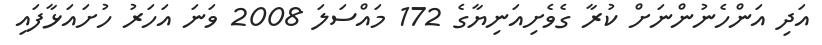
އަދި އަންހެނުންނަށް ކުރާ ގެވެށިއަނިޔާގެ 172 މައްސަލަ 2008 ވަނަ އަހަރު ހުށައަޅާފައި